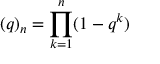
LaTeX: ( q ) _ { n } = \prod _ { k = 1 } ^ { n } ( 1 - q ^ { k } )